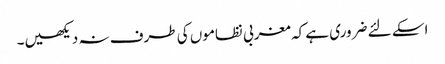
اسکے لئے ضروری ہے کہ مغربی نظاموں کی طرف نہ دیکھیں۔